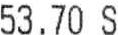
53.70 S